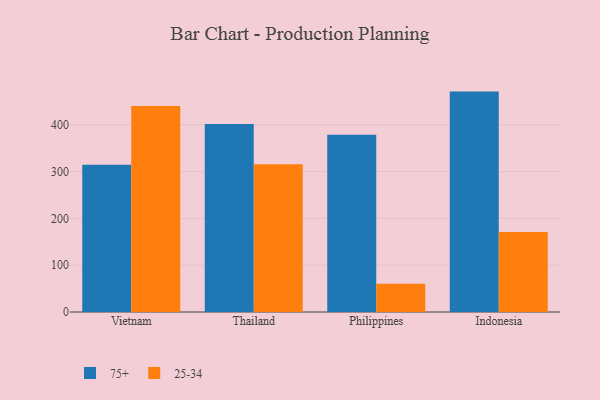
{"axis": {"x": "Country", "y": "Page Views"}, "legend": ["25-34", "75+"], "data": [{"x": "Vietnam", "y": 314.5, "type": "75+"}, {"x": "Vietnam", "y": 440.4, "type": "25-34"}, {"x": "Thailand", "y": 402.0, "type": "75+"}, {"x": "Thailand", "y": 315.9, "type": "25-34"}, {"x": "Philippines", "y": 378.7, "type": "75+"}, {"x": "Philippines", "y": 60.2, "type": "25-34"}, {"x": "Indonesia", "y": 471.1, "type": "75+"}, {"x": "Indonesia", "y": 170.9, "type": "25-34"}]}